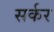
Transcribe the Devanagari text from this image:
सर्कर